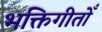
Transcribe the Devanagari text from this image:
भक्तिगीतोँ